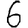
Digit: 6